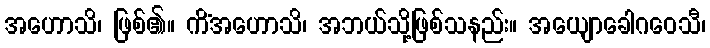
အဟောသိ၊ ဖြစ်၏။ ကိံအဟောသိ၊ အဘယ်သို့ဖြစ်သနည်း။ အယျောခေါဂဝေသီ၊